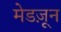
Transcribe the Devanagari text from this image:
मेडज़ून